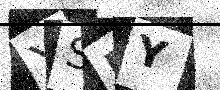
Text: YSPY